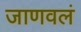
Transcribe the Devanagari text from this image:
जाणवलं